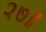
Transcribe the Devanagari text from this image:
२७॥